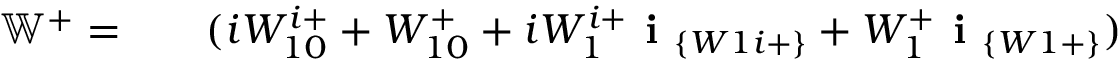
\begin{array} { r l r } { \mathbb { W } ^ { + } = } & { { } } & { ( i W _ { 1 0 } ^ { i + } + W _ { 1 0 } ^ { + } + i W _ { 1 } ^ { i + } \textbf { i } _ { \{ W 1 i + \} } + W _ { 1 } ^ { + } \textbf { i } _ { \{ W 1 + \} } ) } \end{array}